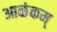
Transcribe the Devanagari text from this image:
आळंकम्